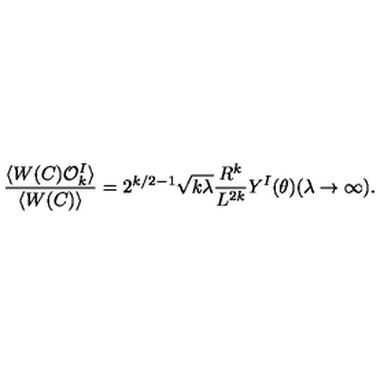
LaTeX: \frac { \langle W ( C ) { \cal O } _ { k } ^ { I } \rangle } { \langle W ( C ) \rangle } = 2 ^ { k / 2 - 1 } \sqrt { k \lambda } \frac { R ^ { k } } { L ^ { 2 k } } Y ^ { I } ( \theta ) ( \lambda \rightarrow \infty ) .